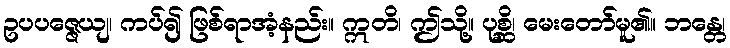
ဥပပဇ္ဇေယျ၊ ကပ်၍ ဖြစ်ရာအံ့နည်း။ ဣတိ၊ ဤသို့။ ပုစ္ဆိ၊ မေးတော်မူ၏။ ဘန္တေ၊